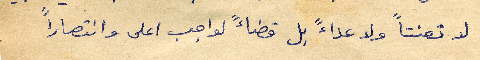
لا تعنتاً ولا عداءً بل قضاءً لواجب اعلى وانتصاراً